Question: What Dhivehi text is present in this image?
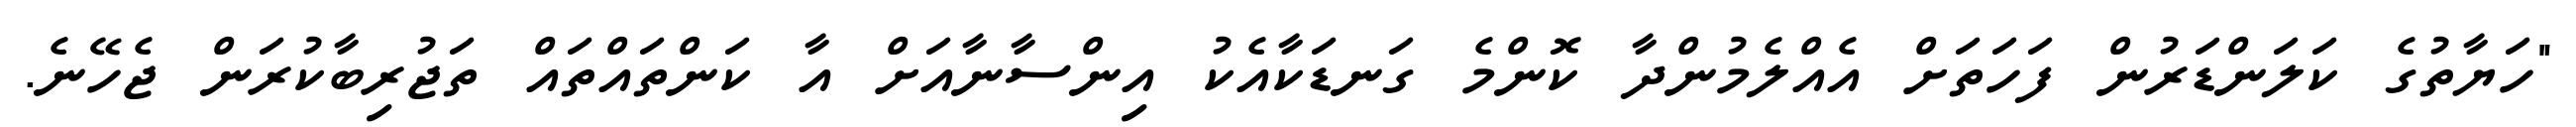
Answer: "ހަޔާތުގެ ކަލަންޑަރުން ފަހަތަށް އެއްލެމުންދާ ކޮންމެ ގަނޑަކާއެކު އިންސާނާއަށް އާ ކަންތައްތައް ތަޖުރިބާކުރަން ޖެހޭނެ.